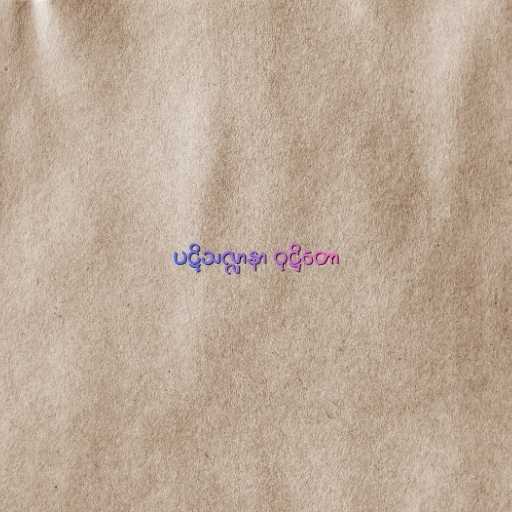
ပဋိသလ္လာနာ ဝုဋ္ဌိတော